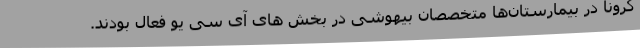
کرونا در بیمارستان‌ها متخصصان بیهوشی در بخش های آی سی یو فعال بودند.